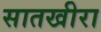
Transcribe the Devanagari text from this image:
सातखीरा